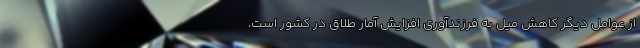
از عوامل دیگر کاهش میل به فرزندآوری افزایش آمار طلاق در کشور است،